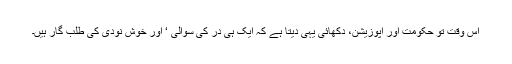
اس وقت تو حکومت اور اپوزیشن، دکھائی یہی دیتا ہے کہ ایک ہی در کی سوالی ‘ اور خوش نودی کی طلب گار ہیں۔